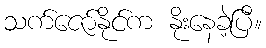
သက်ဇော်နိုင်က နိုးနေခဲ့ပြီ။